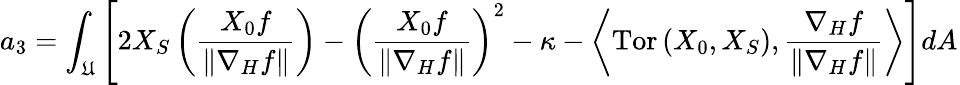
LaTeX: a_{3}=\int_{\mathfrak{U}}\left[2X_{S}\left(\frac{{X_{0}f}}{{\left\| \nabla_{H}f\right\| }}\right)-\left(\frac{{X_{0}f}}{{\left\| \nabla_{H}f\right\| }}\right)^{2}-\kappa-\left\langle\mathrm{{Tor}}\left(X_{0},X_{S}\right),\frac{{\nabla_{H}f}}{{\left\| \nabla_{H}f\right\| }}\right\rangle\right]dA_{}